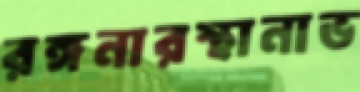
রঙ্গনারস্থানাভ